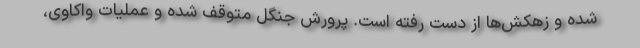
شده و زهکش‌ها از دست رفته است. پرورش جنگل متوقف شده و عملیات واکاوی،